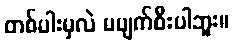
တစ်ပါးမှလဲ မပျက်စီးပါဘူး။